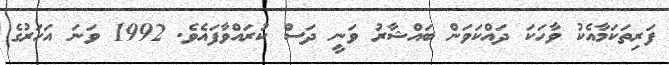
ފަރިތަކަމާއެކު ވާހަކަ ދައްކަވަން ބައްޝާރު ވަނީ ދަސް ކުރައްވާފައެވެ. 1992 ވަނަ އަހަރުގެ